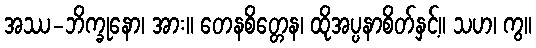
အဿ-ဘိက္ခုနော၊ အား။ တေနစိတ္တေန၊ ထိုအပ္ပနာစိတ်နှင့်။ သဟ၊ ကွ။